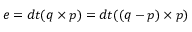
e = d t ( q \times p ) = d t ( ( q - p ) \times p )